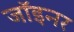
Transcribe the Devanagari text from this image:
जॉइनर